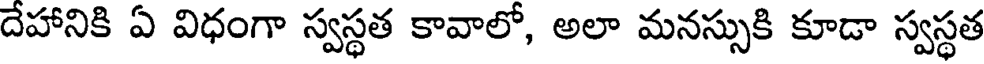
దేహానికి ఏ విధంగా స్వస్థత కావాలో, అలా మనస్సుకి కూడా స్వస్థత